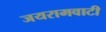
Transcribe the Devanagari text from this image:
जयरामवाटी